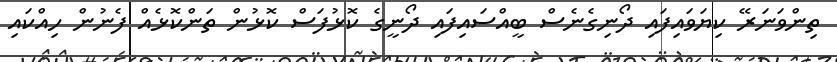
ތިންވަނަރޭ ކިޔަވައިފައި ދޯނިގެނެސް ބީއްސައިފައި ދޯނީގެ ކޮޅުފަސް ކޮޅުން ތަންކޮޅެއް ފެނުން ހިއްކައި